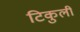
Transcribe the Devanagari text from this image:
टिकुली